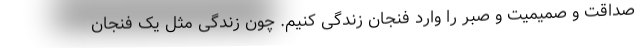
صداقت و صمیمیت و صبر را وارد فنجان زندگی کنیم. چون زندگی مثل یک فنجان